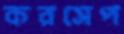
করসেপ